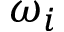
\omega _ { i }